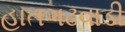
હાતગઢવાડી